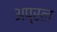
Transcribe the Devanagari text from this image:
अप्रल